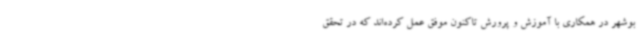
بوشهر در همکاری با آموزش و پرورش تاکنون موفق عمل کرده‌اند که در تحقق